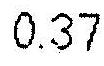
0.37